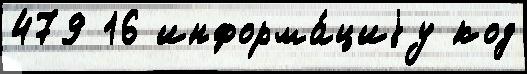
479 16 информа́циjу код